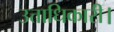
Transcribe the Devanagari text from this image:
उत्ताधिकारी।